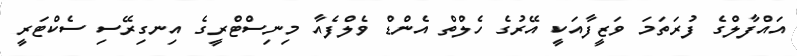
އައްފާލްގެ ފުރަތަމަ ވަޒީފާއަކީ އޭރުގެ ހެލްތް އެންޑް ވެލްފެއާ މިނިސްޓްރީގެ އިނގިރޭސި ސެކްޓަރީ